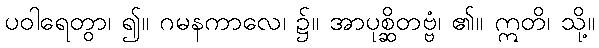
ပဝါရေတွာ၊ ၍။ ဂမနကာလေ၊ ၌။ အာပုစ္ဆိတဗ္ဗံ၊ ၏။ ဣတိ၊ သို့။